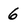
Character: 6